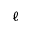
\ell